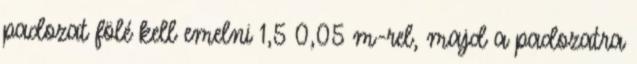
padozat fölé kell emelni 1,50,05 m-rel, majd a padozatra